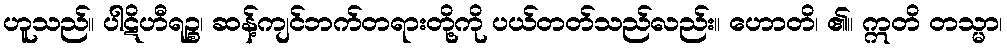
ဟူသည်။ ပါဋိဟီရဉ္စ၊ ဆန့်ကျင်ဘက်တရားတို့ကို ပယ်တတ်သည်လည်း။ ဟောတိ၊ ၏။ ဣတိ တသ္မာ၊